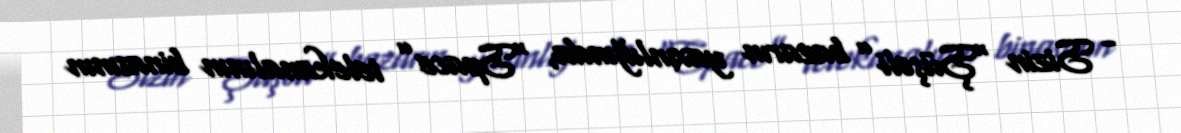
- Sizin “Şüşəli” bazarın yaxınlığında, “Space” telekanalının binasının